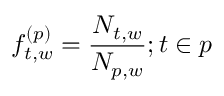
f _ { t , w } ^ { ( p ) } = \frac { N _ { t , w } } { N _ { p , w } } ; t \in p